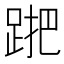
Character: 𨁩